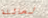
لعائلة